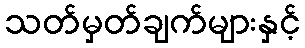
သတ်မှတ်ချက်များနှင့်